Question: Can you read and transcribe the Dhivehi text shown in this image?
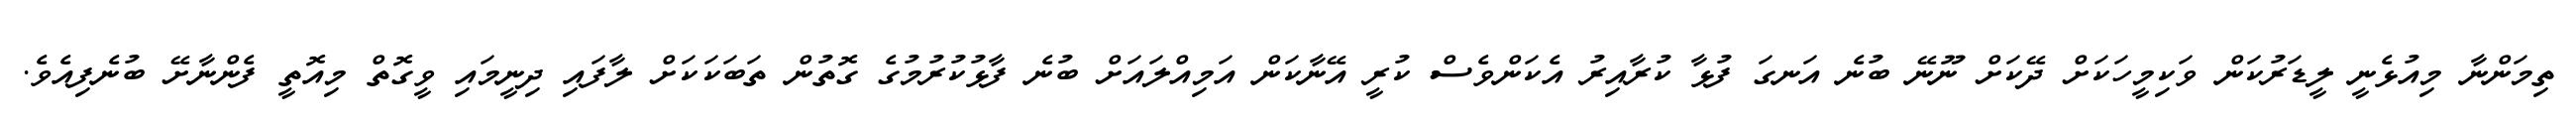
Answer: ތިމަންނާ މިއުޅެނީ ލީޑަރުކަން ވަކިމީހަކަށް ދޭކަށް ނޫނޭ ބުނެ އަނގަ ފުޅާ ކުރާއިރު އެކަންވެސް ކުރީ އޭނާކަން އަމިއްލައަށް ބުނެ ފާޅުކުރުމުގެ ގޮތުން ތަބަކަކަށް ލާފައި ދިނީމައި ވީގޮތް މިއޮތީ ފެންނާށޭ ބުނެފިއެވެ.